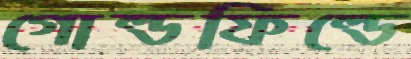
গোল্ডফিল্ডে